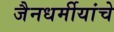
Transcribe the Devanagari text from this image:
जैनधर्मीयांचे